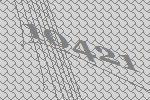
10421